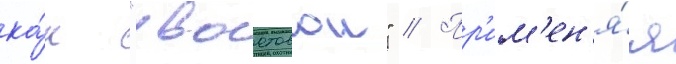
ка́к "хвостовои" // Пр'им'ен'я́я